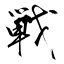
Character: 戦